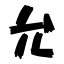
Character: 允